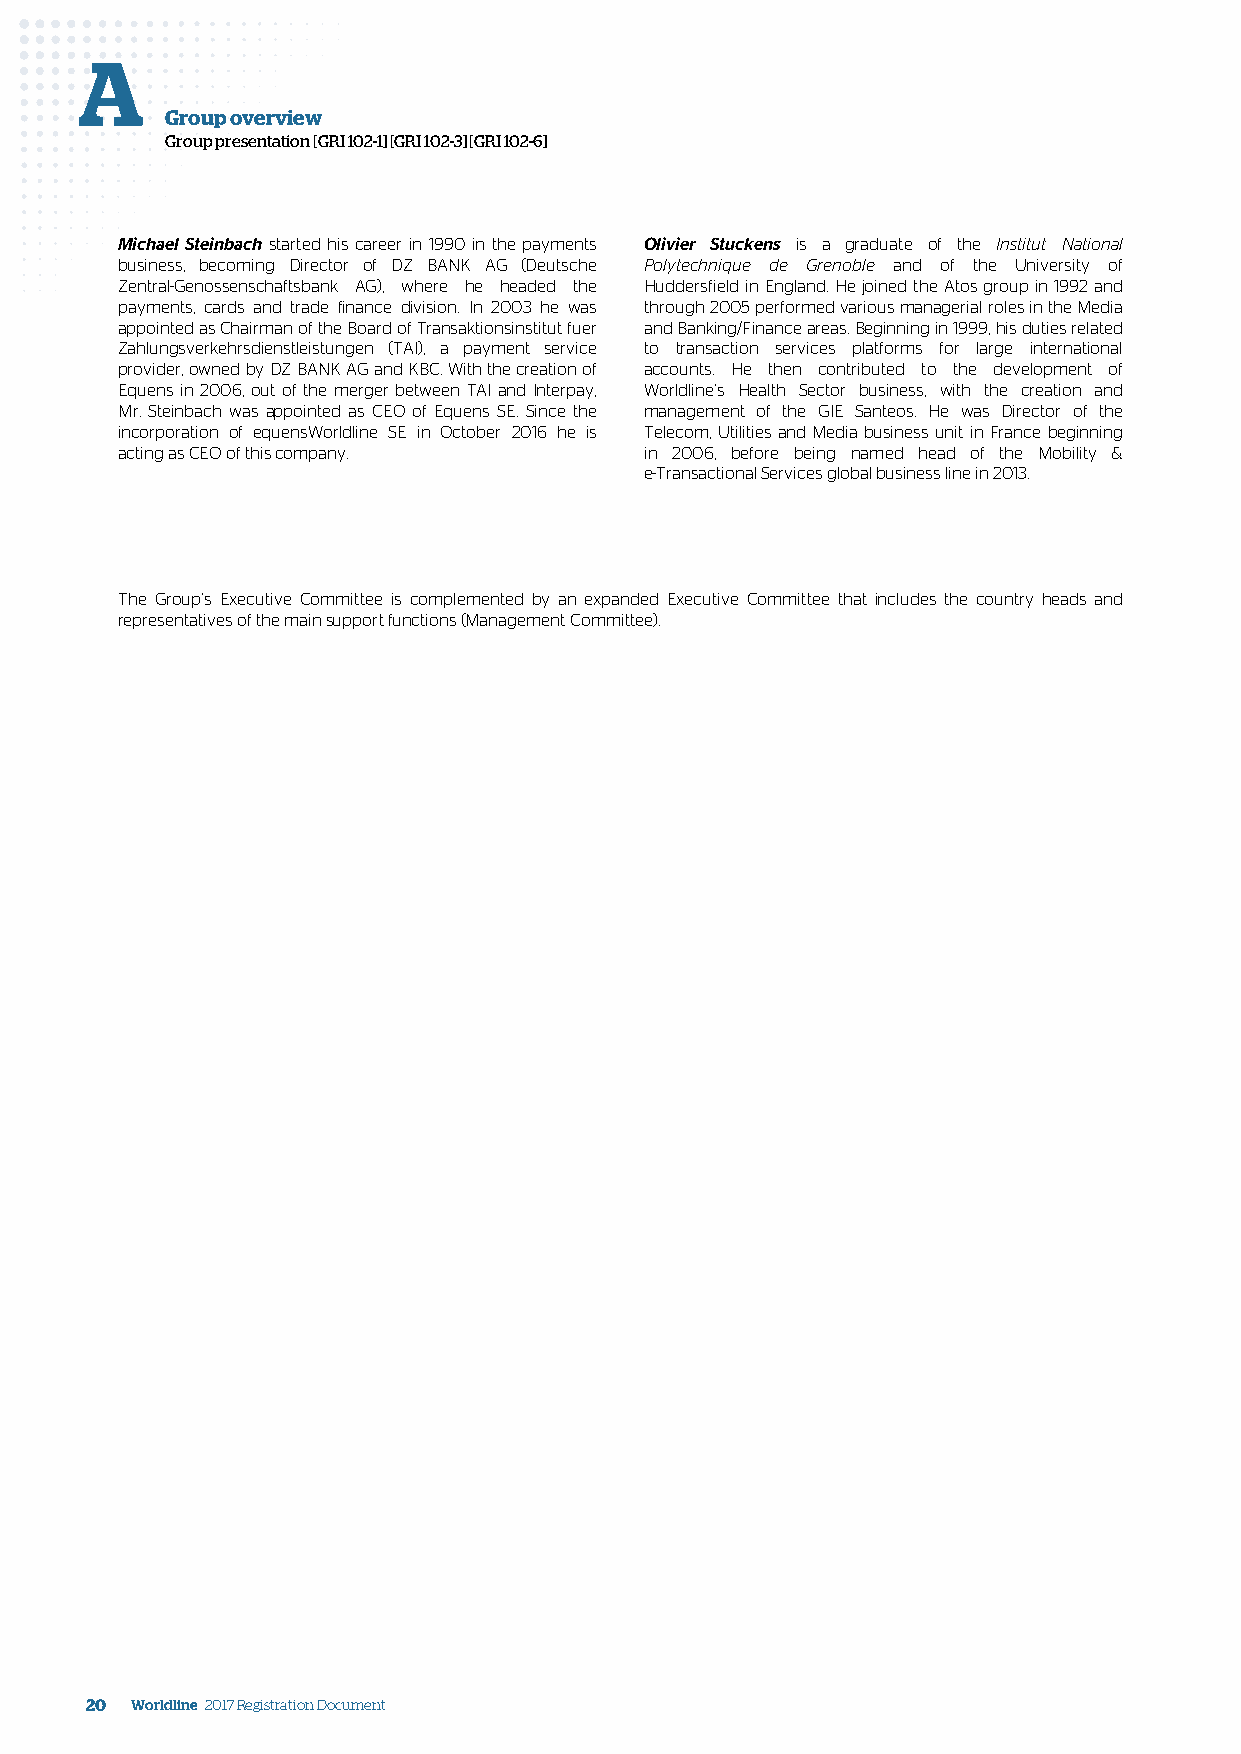
A
 Group overview
 Group presentation [GRI 102-1] [GRI 102-3] [GRI 102-6]
 Michael Steinbach started his career in 1990 in the payments Olivier Stuckens is a graduate of the Institut National
 business, becoming Director of DZ BANK AG (Deutsche Polytechnique de Grenoble and of the University of
 Zentral-Genossenschaftsbank AG), where he headed the Huddersfield in England. He joined the Atos group in 1992 and
 payments, cards and trade finance division. In 2003 he was through 2005 performed various managerial roles in the Media
 appointed as Chairman of the Board of Transaktionsinstitut fuer and Banking/Finance areas. Beginning in 1999, his duties related
 Zahlungsverkehrsdienstleistungen (TAI), a payment service to transaction services platforms for large international
 provider, owned by DZ BANK AG and KBC. With the creation of accounts. He then contributed to the development of
 Equens in 2006, out of the merger between TAI and Interpay, Worldline’s Health Sector business, with the creation and
 Mr. Steinbach was appointed as CEO of Equens SE. Since the management of the GIE Santeos. He was Director of the
 incorporation of equensWorldline SE in October 2016 he is Telecom, Utilities and Media business unit in France beginning
 acting as CEO of this company.     in 2006, before being named head of the Mobility &
 e-Transactional Services global business line in 2013.
 The Group’s Executive Committee is complemented by an expanded Executive Committee that includes the country heads and
 representatives of the main support functions (Management Committee).
 20 Worldline 2017 Registration Document